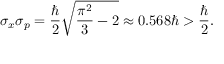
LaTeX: \sigma _ { x } \sigma _ { p } = { \frac { \hbar } { 2 } } { \sqrt { { \frac { \pi ^ { 2 } } { 3 } } - 2 } } \approx 0 . 5 6 8 \hbar > { \frac { \hbar } { 2 } } .